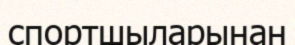
спортшыларынан